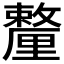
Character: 𨤸